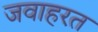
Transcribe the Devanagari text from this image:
जवाहरत